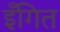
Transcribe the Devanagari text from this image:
इँगित